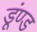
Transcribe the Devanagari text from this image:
डूंण्ड